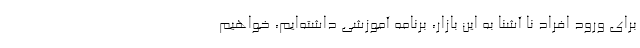
برای ورود افراد نا آشنا به این بازار، برنامه آموزشی داشته‌ایم، خواهیم